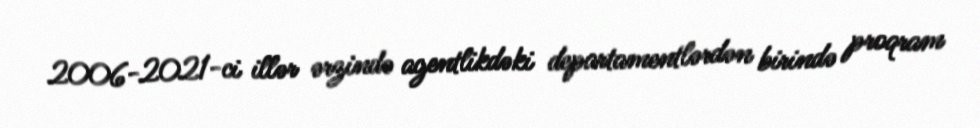
2006-2021-ci illər ərzində agentlikdəki departamentlərdən birində proqram